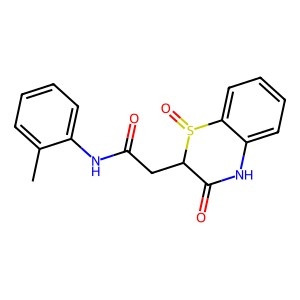
SMILES: Cc1ccccc1NC(=O)CC1C(=O)Nc2ccccc2S1=O
Inhibits HIV replication: No